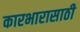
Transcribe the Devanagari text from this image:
कारभारासाठी